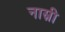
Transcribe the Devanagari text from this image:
नास्री